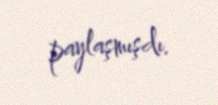
paylaşmışdı.